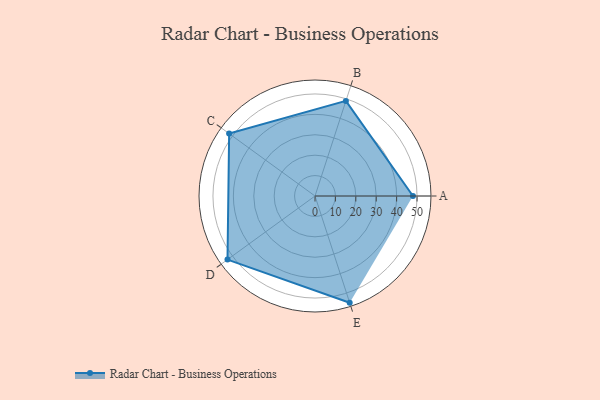
{"axis": {"x": "Skill", "y": "Score"}, "legend": ["Profile"], "data": [{"x": "A", "y": 48.0, "type": "Profile"}, {"x": "B", "y": 49.0, "type": "Profile"}, {"x": "C", "y": 52.0, "type": "Profile"}, {"x": "D", "y": 53.0, "type": "Profile"}, {"x": "E", "y": 55.0, "type": "Profile"}]}